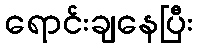
ရောင်းချနေပြီး